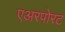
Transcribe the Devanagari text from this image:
एअरपोरट